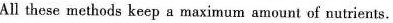
All these methods keep a maximum amount of nutrients.